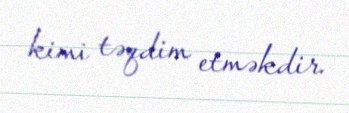
kimi təqdim etməkdir.